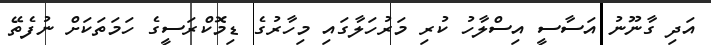
އަދި ގާނޫނު އަސާސީ އިސްލާހު ކުރި މަރުހަލާގައި މިހާރުގެ ޑިމޮކްރަސީގެ ހަމަތަކަށް ނުފެތޭ